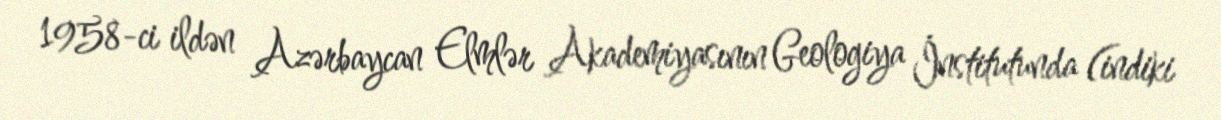
1958-ci ildən Azərbaycan Elmlər Akademiyasının Geologiya İnstitutunda (indiki